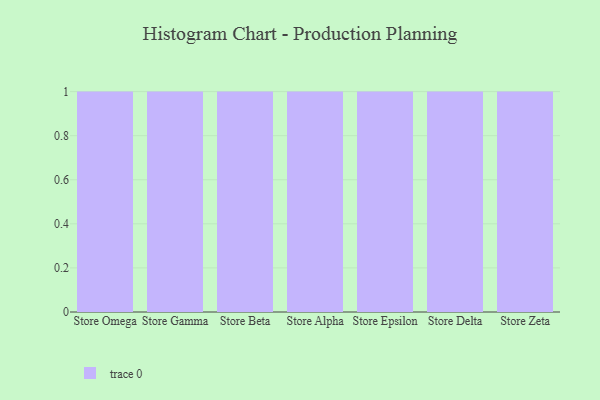
{"axis": {"x": "Store", "y": "Customer Acquisition Cost (USD)"}, "legend": [""], "data": [{"x": "Store Omega", "y": 50, "type": ""}, {"x": "Store Gamma", "y": 67, "type": ""}, {"x": "Store Beta", "y": 46, "type": ""}, {"x": "Store Alpha", "y": 6, "type": ""}, {"x": "Store Epsilon", "y": 88, "type": ""}, {"x": "Store Delta", "y": 1, "type": ""}, {"x": "Store Zeta", "y": 97, "type": ""}]}